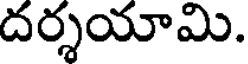
దర్శయామి.